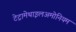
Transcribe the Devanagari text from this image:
टेट्रामेथाइलअमोनियम